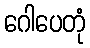
ဂေါပေတုံ